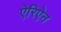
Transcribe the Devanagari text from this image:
ऐरिऐन